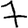
Digit: 7